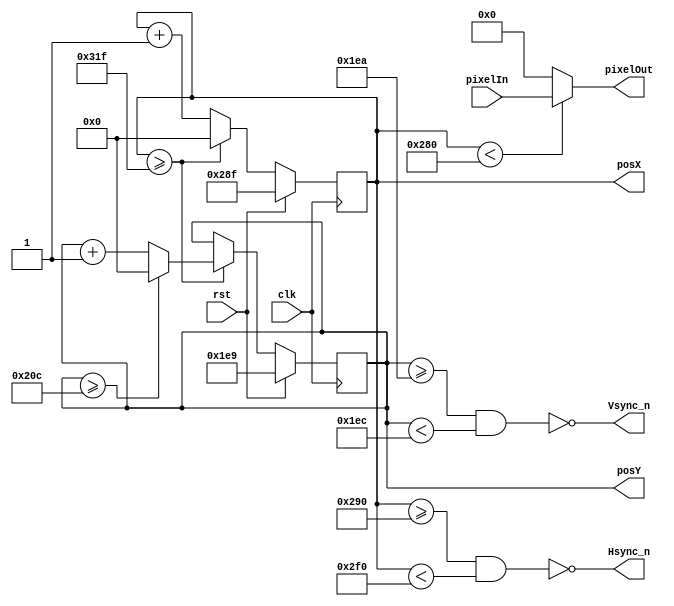
`timescale 10ns / 1ns
module VGA_Driver #(parameter DW = 12) (
	input rst,
	input clk, 						// 25MHz  para 60 hz de 640x480
	input  [DW - 1 : 0] pixelIn, 	// entrada del valor de color  pixel 
	
	output  [DW - 1 : 0] pixelOut, // salida del valor pixel a la VGA 
	output  Hsync_n,		// seal de sincronizacin en horizontal negada
	output  Vsync_n,		// seal de sincronizacin en vertical negada 
	output  [9:0] posX, 	// posicion en horizontal del pixel siguiente
	output  [9:0] posY 		// posicion en vertical  del pixel siguiente
);

localparam SCREEN_X = 640; 	// tamao de la pantalla visible en horizontal 
localparam FRONT_PORCH_X =16;  
localparam SYNC_PULSE_X = 96;
localparam BACK_PORCH_X = 48;
localparam TOTAL_SCREEN_X = SCREEN_X+FRONT_PORCH_X+SYNC_PULSE_X+BACK_PORCH_X; 	// total pixel pantalla en horizontal 


localparam SCREEN_Y = 480; 	// tamao de la pantalla visible en Vertical 
localparam FRONT_PORCH_Y =10;  
localparam SYNC_PULSE_Y = 2;
localparam BACK_PORCH_Y = 33;
localparam TOTAL_SCREEN_Y = SCREEN_Y+FRONT_PORCH_Y+SYNC_PULSE_Y+BACK_PORCH_Y; 	// total pixel pantalla en Vertical 


reg  [9:0] countX; // tamao de 10 bits
reg  [9:0] countY; // tamao de 10 bits

assign posX    = countX;
assign posY    = countY;

assign pixelOut = (countX<SCREEN_X) ? (pixelIn ) : (12'b0) ;

// seales de sincrinizacin de la VGA.
assign Hsync_n = ~((countX>=SCREEN_X+FRONT_PORCH_X) && (countX<SCREEN_X+SYNC_PULSE_X+FRONT_PORCH_X)); 
assign Vsync_n = ~((countY>=SCREEN_Y+FRONT_PORCH_Y) && (countY<SCREEN_Y+FRONT_PORCH_Y+SYNC_PULSE_Y));


always @(posedge clk) begin
	if (rst) begin
		countX <= (SCREEN_X+FRONT_PORCH_X-1);
		countY <= (SCREEN_Y+FRONT_PORCH_Y-1);
	end
	else begin 
		if (countX >= (TOTAL_SCREEN_X-1)) begin
			countX <= 0;
			if (countY >= (TOTAL_SCREEN_Y-1)) begin
				countY <= 0;
			end 
			else begin
				countY <= countY + 1;
			end
		end 
		else begin
			countX <= countX + 1;
			countY <= countY;
		end
	end
end

endmodule